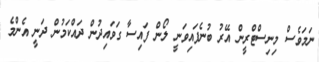
ނަމަވެސް މިނިސްޓްރީން އޭރު ބުނެފައިވަނީ ލޯން ފައިސާ ގަވައިދުން ދައްކަމުން ދަނީ އެންމެ